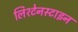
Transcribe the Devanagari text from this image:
लिश्टेनस्टाइन